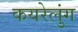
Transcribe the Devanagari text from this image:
कयरेलुंग